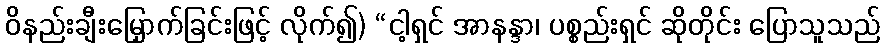
ဝိနည်းချီးမြှောက်ခြင်းဖြင့် လိုက်၍) “ငါ့ရှင် အာနန္ဒာ၊ ပစ္စည်းရှင် ဆိုတိုင်း ပြောသူသည်